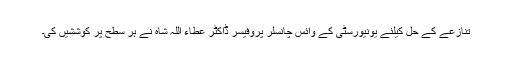
تنازعے کے حل کیلئے یونیورسٹی کے وائس چانسلر پروفیسر ڈاکٹر عطاء اللہ شاہ نے ہر سطح پر کوششیں کی۔